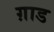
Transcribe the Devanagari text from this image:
ग़ाड